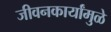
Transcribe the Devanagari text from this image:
जीवनकार्यांमुळे